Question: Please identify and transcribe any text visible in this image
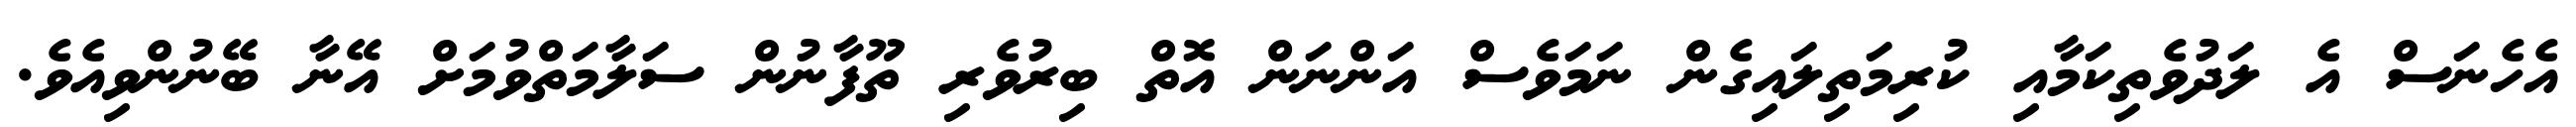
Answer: އެހެނަސް އެ ލަދުވެތިކަމާއި ކުރިމަތިލައިގެން ނަމަވެސް އަންނަން އޮތް ބިރުވެރި ތޫފާނުން ސަލާމަތްވުމަށް އޭނާ ބޭނުންވިއެވެ.